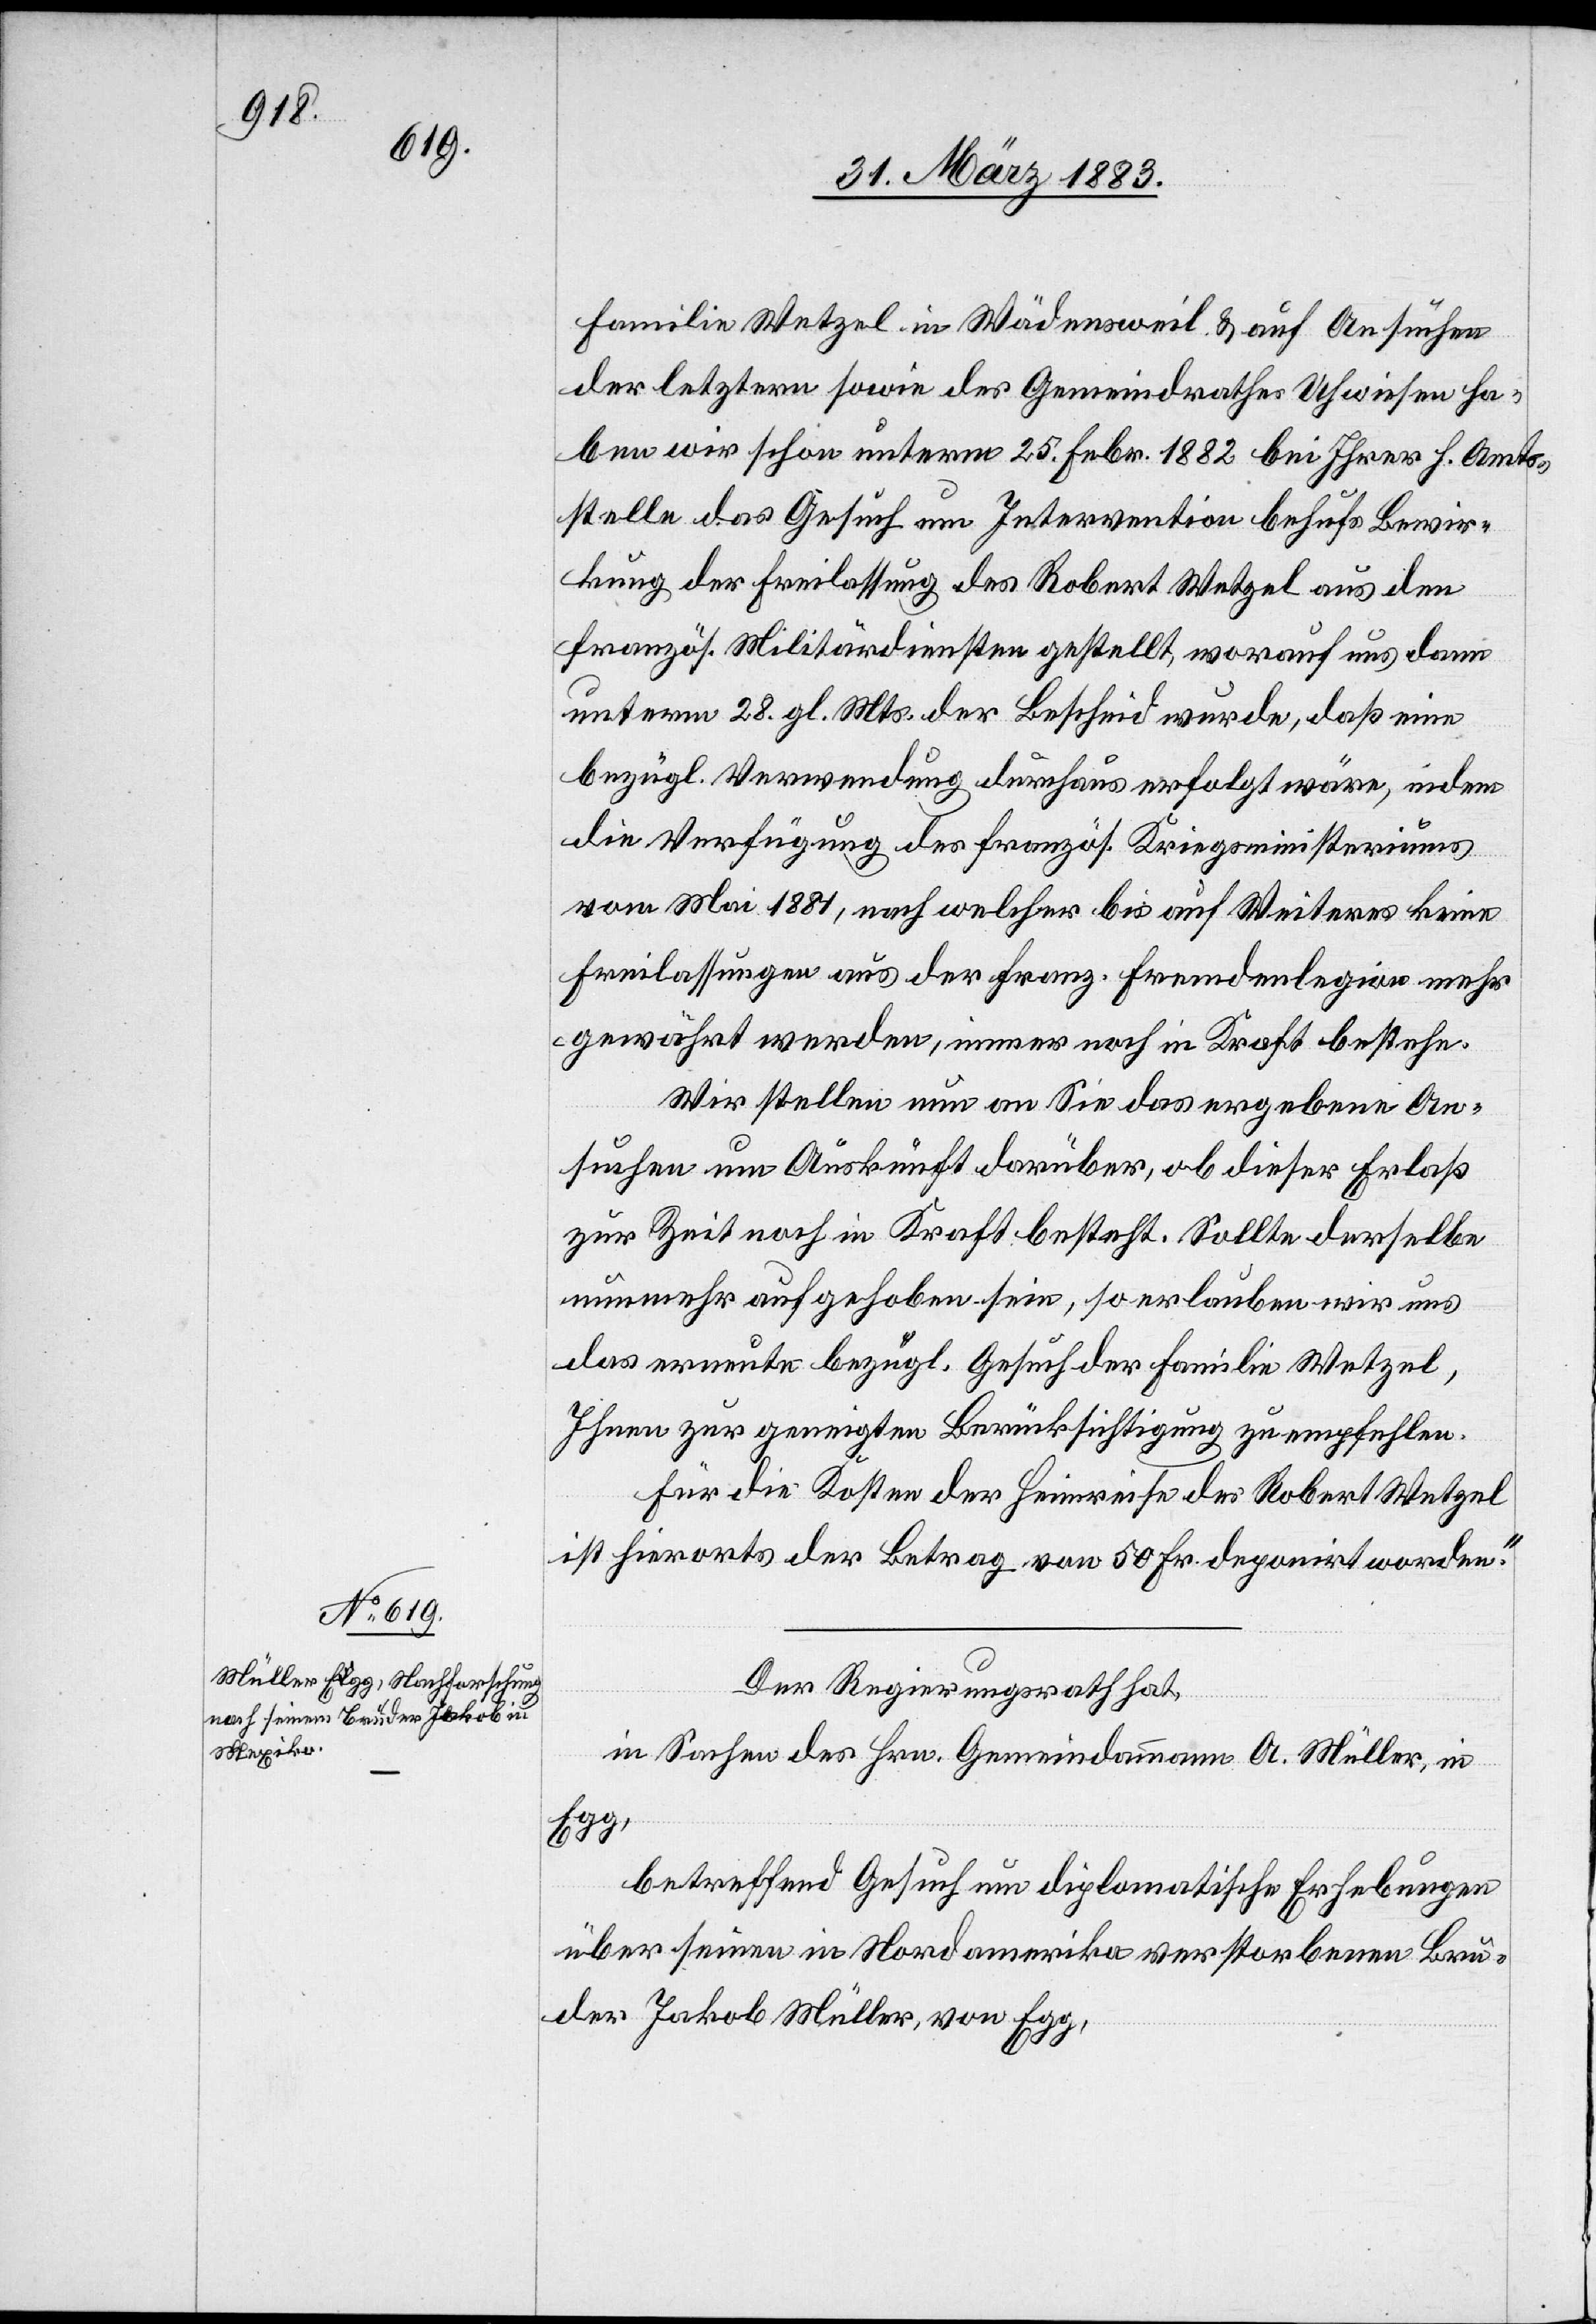
Familie Wetzel in Wädensweil & auf Ansuchen
der letztern sowie des Gemeindrathes Uhwiesen ha¬
ben wir schon unterm 25. Febr. 1882 bei Ihrer h. Amts¬
stelle das Gesuch um Intervention behufs Bewir¬
kung der Freilassung des Robert Wetzel aus den
französ. Militärdiensten gestellt, worauf uns dann
unterm 28. gl. Mts. der Bescheid wurde, daß eine
bezügl. Verwendung durchaus erfolgt wäre, indem
die Verfügung des französ. Kriegsministeriums
vom Mai 1881, nach welcher bis auf Weiteres keine
Freilassungen aus der franz. Fremdenlegion mehr
gewährt werden, immer noch in Kraft bestehe.
Wir stellen nun an Sie das ergebene An¬
suchen um Auskunft darüber, ob dieser Erlaß
zur Zeit noch in Kraft besteht. Sollte derselbe
nunmehr aufgehoben sein, so erlauben wir uns
das erneute bezügl. Gesuch der Familie Wetzel,
Ihnen zur geneigten Berücksichtigung zu empfehlen.
Für die Kosten der Heimreise des Robert Wetzel
ist hierorts der Betrag von 50. Fr. deponirt worden.“